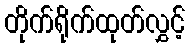
တိုက်ရိုက်ထုတ်လွှင့်